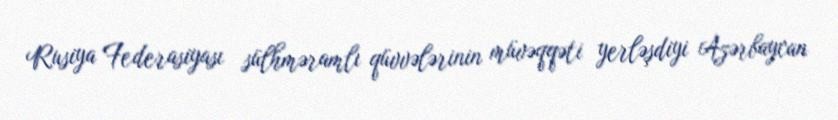
Rusiya Federasiyası sülhməramlı qüvvələrinin müvəqqəti yerləşdiyi Azərbaycan